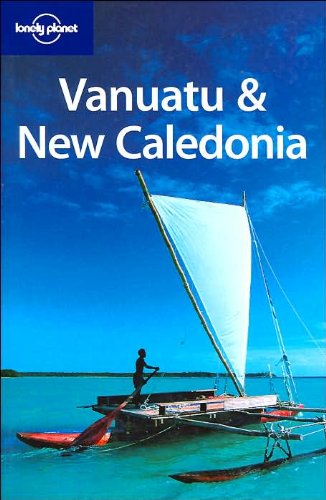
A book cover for Lonely Planet Vanuatu & New Caledonia (Country Guide); Jocelyn Harewood; Travel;